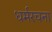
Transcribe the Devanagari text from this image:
धर्मरचना